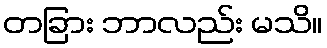
တခြား ဘာလည်း မသိ။